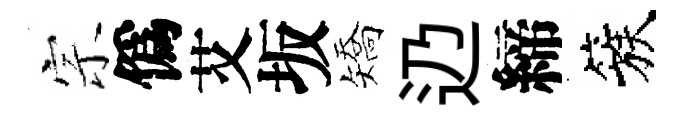
宗僞艾坂矯辸締簇